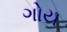
ગોય